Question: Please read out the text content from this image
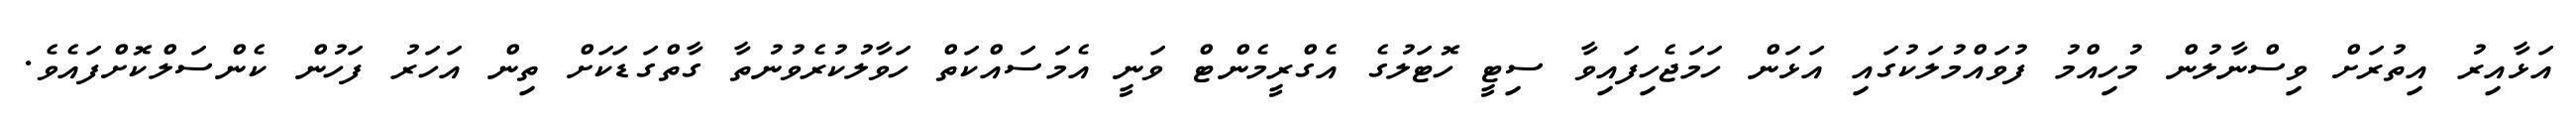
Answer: އަޅާއިރު އިތުރަށް ވިސްނާލުން މުހިއްމު ފުވައްމުލަކުގައި އަޅަން ހަމަޖެހިފައިވާ ސިޓީ ހޮޓަލުގެ އެގްރީމެންޓް ވަނީ އެމަސައްކަތް ހަވާލުކުރެވުނުތާ ގާތްގަޑަކަށް ތިން އަހަރު ފަހުން ކެންސަލްކޮށްފައެވެ.